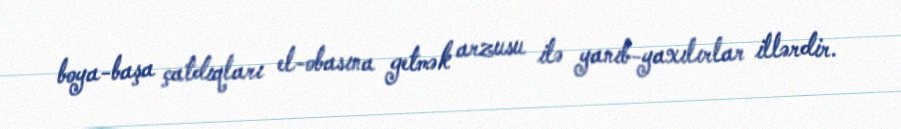
boya-başa çatdıqları el-obasına getmək arzusu ilə yanıb-yaxılırlar illərdir.